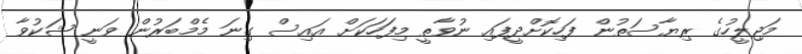
މަޖިލީހުގެ ރިޔާސަތުން ފަހިކޮށްދީފައި ނުވާތީ މިފަހަކަށް އައިސް ގިނަ މެމްބަރުން ވަނީ ޝަކުވާ